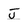
Character: J